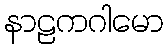
နာဠကဂါမော